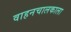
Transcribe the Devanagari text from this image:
वाहनचालकाला